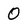
Character: 0